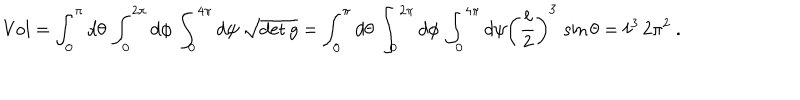
\mathrm { V o l } = \int _ { 0 } ^ { \pi } d \theta \, \int _ { 0 } ^ { 2 \pi } d \phi \, \int _ { 0 } ^ { 4 \pi } d \psi \, \sqrt { \det g } = \int _ { 0 } ^ { \pi } d \theta \, \int _ { 0 } ^ { 2 \pi } d \phi \, \int _ { 0 } ^ { 4 \pi } d \psi \left( { \frac { \ell } { 2 } } \right) ^ { 3 } \, \sin \theta = \ell ^ { 3 } \, 2 \pi ^ { 2 } \ .